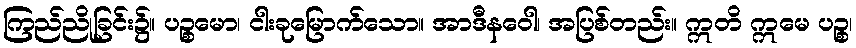
ကြည်ညိုခြင်း၌။ ပဉ္စမော၊ ငါးခုမြောက်သော။ အာဒီနဝေါ၊ အပြစ်တည်း။ ဣတိ ဣမေ ပဉ္စ၊